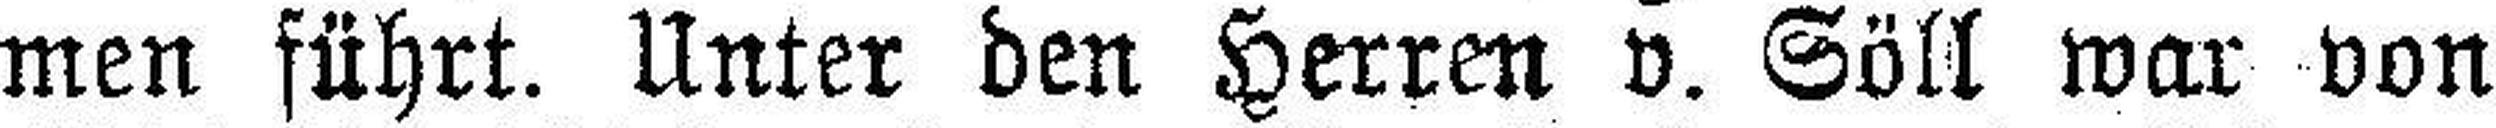
men führt. Unter den Herren v. Söll war von